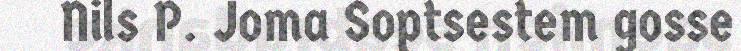
Nils P. Joma Soptsestem gosse